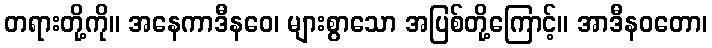
တရားတို့ကို။ အနေကာဒီနဝေ၊ များစွာသော အပြစ်တို့ကြောင့်။ အာဒီနဝတော၊